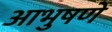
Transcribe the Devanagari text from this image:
आभुषणे